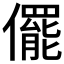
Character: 𠐌